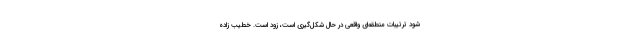
شود ترتیبات منطقه‌ای واقعی در حال شکل‌گیری است، زود است. خطیب زاده